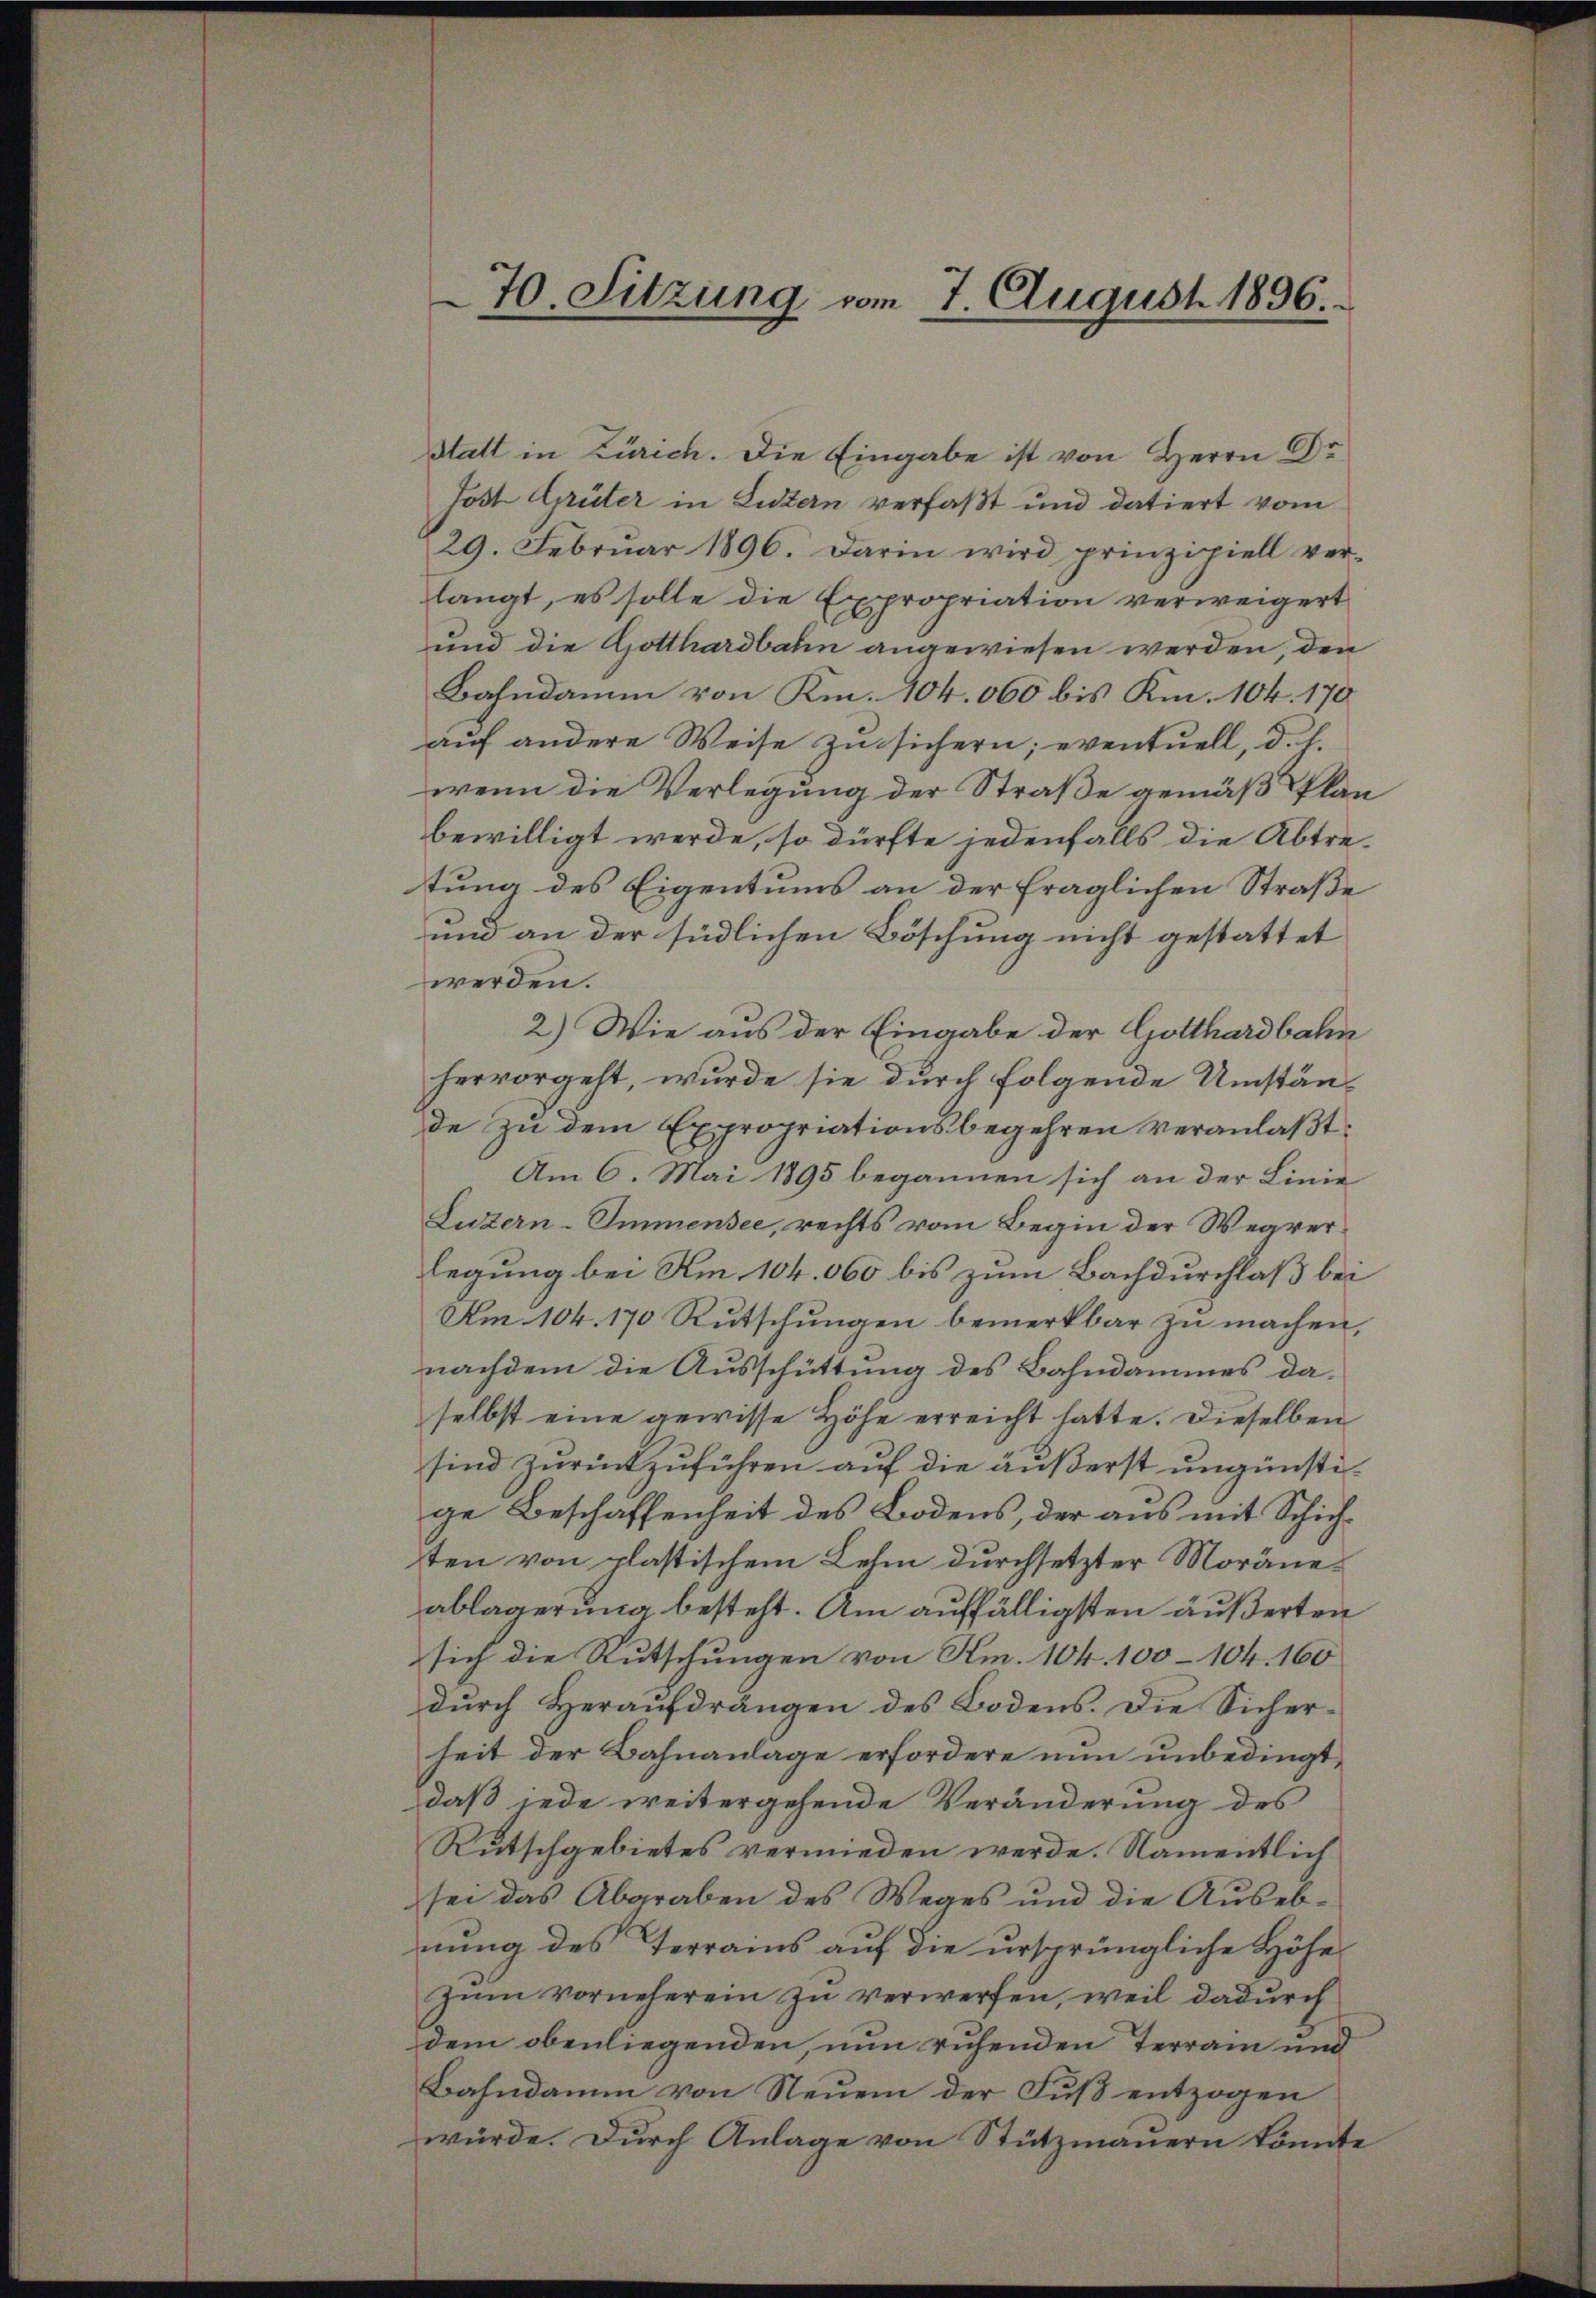
70. Sitzung vom 7. August 1896.

Statt in Zürich. Die Eingabe ist von Herrn Dr
Jost Grüter in Listern verfaßt und datiert vom
29. Febrŭar 1896. Darin wird prinzipiell ver-
langt, es solle die Expropriation verweigert
und die Gotthardbahn angewiesen werden den
Bahndamm von Km. 404. 000 bis Km. 104. 170
auf andere Weise zu sichern; eventuell, d. h.
wenn die Verlegung der Straße gemäß Plan
bewilligt werde, so dürfte jedenfalls die Abtre-
tung des Eigentums an der fraglichen Straße
und an der südlichen Böschung nicht gestattet
werden.
2.) Wie aus der Eingabe der Gotthardbahn
hervorgeht, wurde sie durch folgende Umstände zu dem Expropriationsbegehren veranlaßt:
Am 6. Mai 1895 begannen sich an der Linie
Luzern-Immensee, rechts vom Begin der Wegrer
legung bei Am 104. 060 bis zum Bachdurchlaß bei
Am 104. 170 Rutschungen bemerkbar zu machen,
nachdem die Ausschüttung des Bahndammes daselbst eine gewisse Höhe erreicht hatte. Dieselben
sind zurückzuführen auf die äußerst ungünstige Beschaffenheit des Bodens, der aus mit Schichten von plastischem Lehm durchsetzter Moräneablagerung besteht. Am auffälligsten äußerten
sich die Rutschungen von Am. 104. 100-104. 160
durch Heraufdrängen des Bodens. Die Sicher-
heit der Bahnanlage erfordere nun unbedingt,
daß jede weitergehende Veränderung des
Rutschgebietes vermieden werde. Namentlich
sei das Abgraben des Weges und die Auseb-
nung des Terrains auf die ursprüngliche Höhe
zum vorneherein zu verwerfen, weil dadurch
dem obenliegenden, nun ruhenden Terrain und
Bahndamm von Neuem der Fuß entzogen
würde. Durch Anlage von Stützmauern könnte